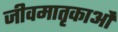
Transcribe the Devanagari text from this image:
जीवमातृकाओं